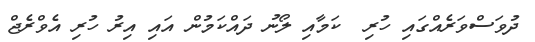
ދުވަސްވަރެއްގައި ހުރި  ކަމާއި ލޯނު ދައްކަމުން އައި އިރު ހުރި އެވްރެޖް